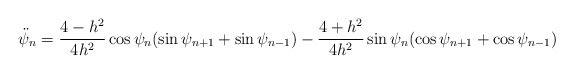
\begin{align*}\ddot{\psi}_{n}=\frac{4-h^{2}}{4h^{2}}\cos\psi_{n}(\sin\psi_{n+1}+\sin\psi_{n-1})-\frac{4+h^{2}}{4h^{2}}\sin\psi_{n}(\cos\psi_{n+1}+\cos\psi_{n-1})\end{align*}